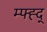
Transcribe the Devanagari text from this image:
म्फ्ह्द्